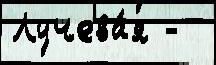
Лучева́я -